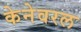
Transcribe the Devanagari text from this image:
केनेवरल